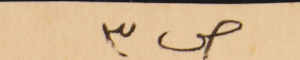
ص٣